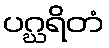
ပဂ္ဃရိတံ